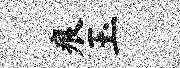
痕玉